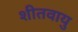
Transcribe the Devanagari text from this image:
शीतवायु